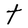
Character: t